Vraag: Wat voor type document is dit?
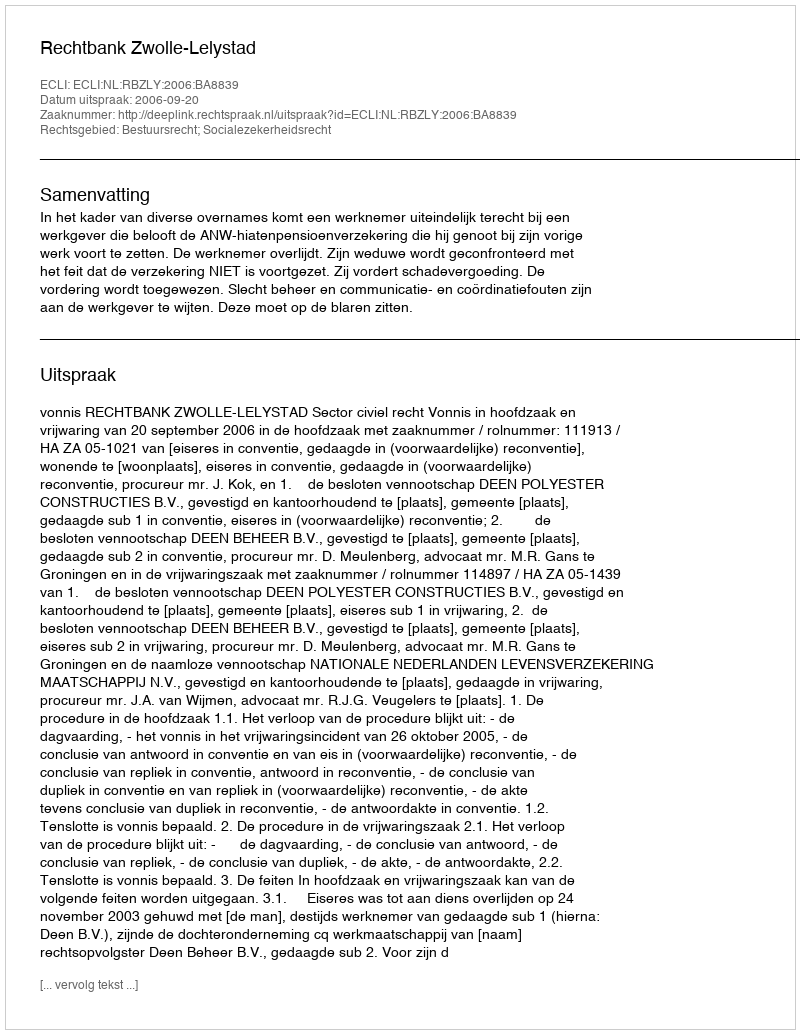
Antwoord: Uitspraak